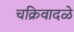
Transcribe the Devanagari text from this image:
चक्रिवादळे